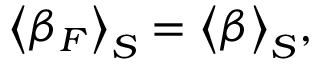
\big < \beta _ { F } \big > _ { S } = \big < \beta \big > _ { S } ,